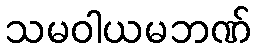
သမဝါယမဘဏ်